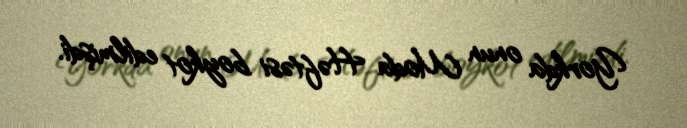
Yorkda onun Moda Həftəsi boykot edilmişdi.